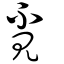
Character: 覔